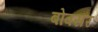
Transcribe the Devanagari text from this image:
बोवसर